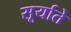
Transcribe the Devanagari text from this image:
सूर्याते